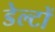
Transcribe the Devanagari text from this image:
डेल्टों